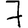
Digit: 7